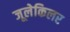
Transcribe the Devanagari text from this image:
जूलेकिलर